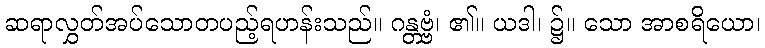
ဆရာလွှတ်အပ်သောတပည့်ရဟန်းသည်။ ဂန္တဗ္ဗံ၊ ၏။ ယဒါ၊ ၌။ သော အာစရိယော၊